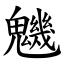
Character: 魕